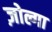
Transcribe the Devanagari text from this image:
ज़ोल्गा